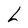
Character: L